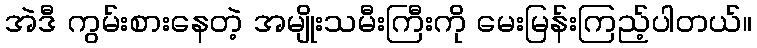
အဲဒီ ကွမ်းစားနေတဲ့ အမျိုးသမီးကြီးကို မေးမြန်းကြည့်ပါတယ်။